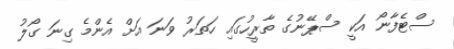
ސްޓެފާނޯ އަކީ ސްޕޭނުގެ ތާރީހުގައި ހަތަރު ވަނަ އަށް އެންމެ ގިނަ ގޯލު